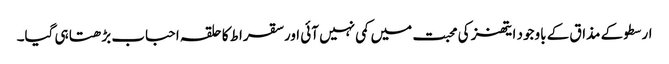
ارسطو کے مذاق کے باوجود ایتھنز کی محبت میں کمی نہیں آئی اور سقراط کا حلقہ احباب بڑھتا ہی گیا۔